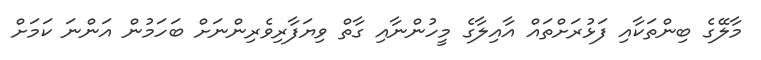
މާލޭގެ ބިންތަކާއި ފަޅުރަށްތައް އާއިލާގެ މީހުންނާއި ގާތް ވިޔަފާރިވެރިންނަށް ބަހަމުން އަންނަ ކަމަށް